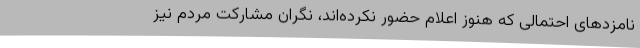
نامزدهای احتمالی که هنوز اعلام حضور نکرده‌اند، نگران مشارکت مردم نیز